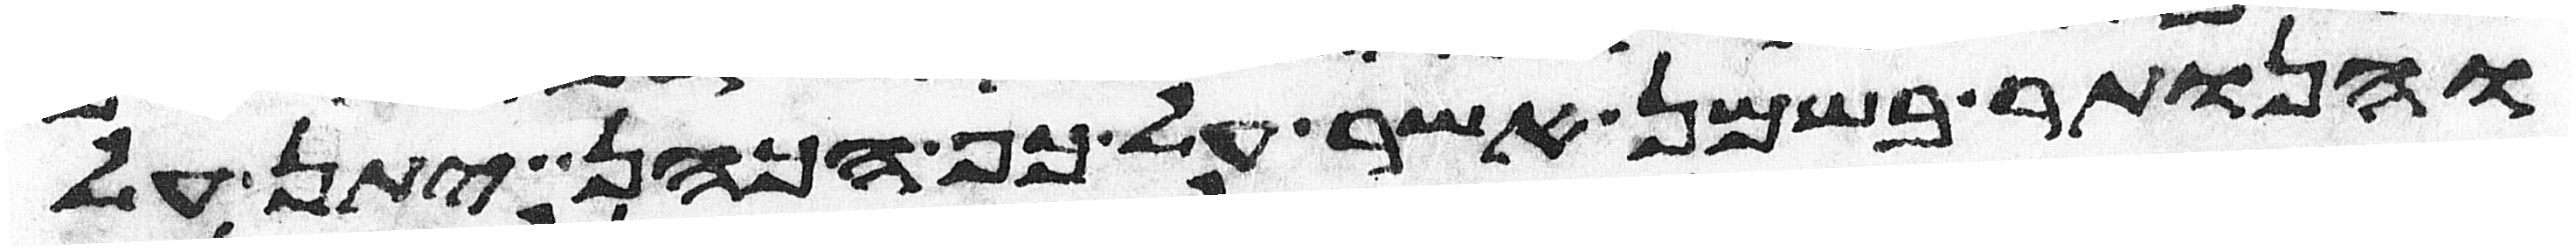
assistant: והנותר בשמן אשר על כף הכהן יתן על